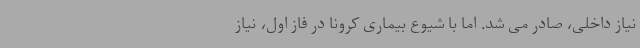
نیاز داخلی، صادر می شد. اما با شیوع بیماری کرونا در فاز اول، نیاز